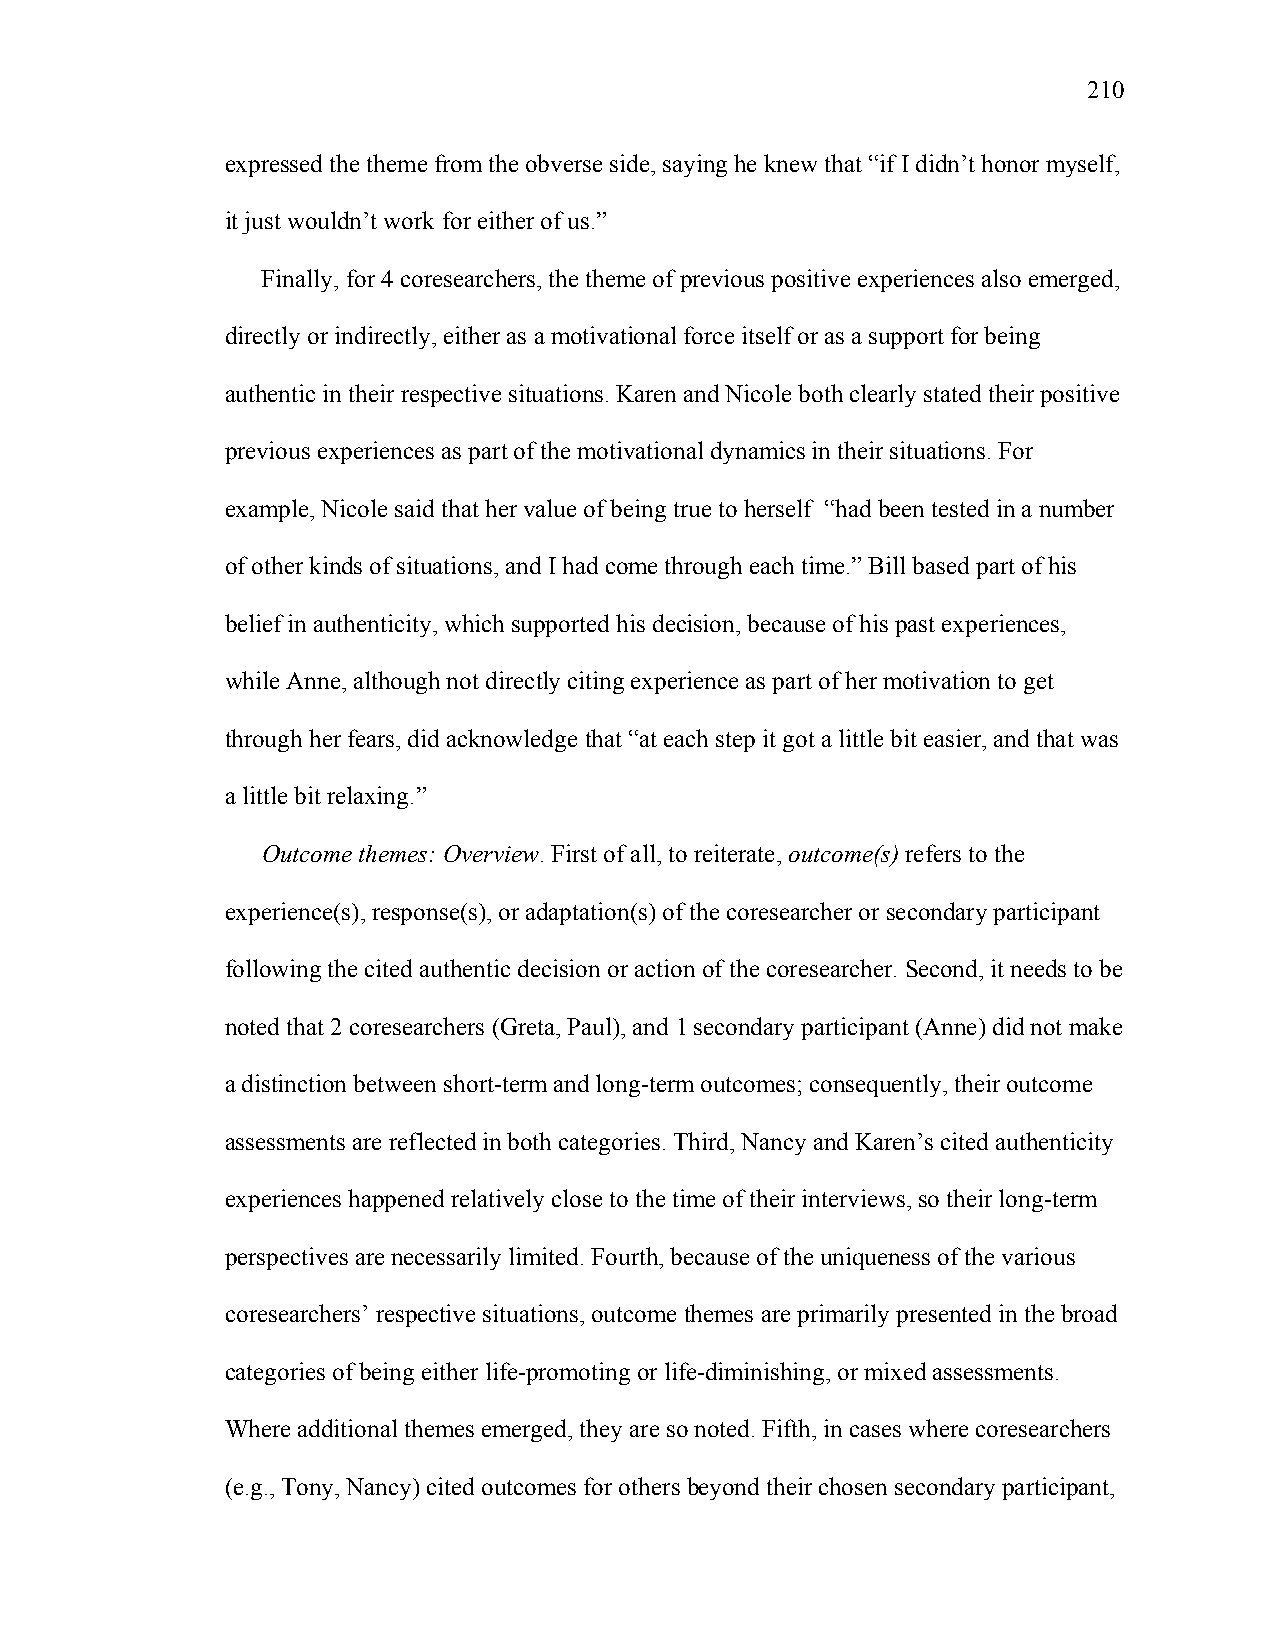
210
 expressed the theme from the obverse side, saying he knew that “if I didn’t honor myself,
 it just wouldn’t work for either of us.”
 Finally, for 4 coresearchers, the theme of previous positive experiences also emerged,
 directly or indirectly, either as a motivational force itself or as a support for being
 authentic in their respective situations. Karen and Nicole both clearly stated their positive
 previous experiences as part of the motivational dynamics in their situations. For
 example, Nicole said that her value of being true to herself “had been tested in a number
 of other kinds of situations, and I had come through each time.” Bill based part of his
 belief in authenticity, which supported his decision, because of his past experiences,
 while Anne, although not directly citing experience as part of her motivation to get
 through her fears, did acknowledge that “at each step it got a little bit easier, and that was
 a little bit relaxing.”
 Outcome themes: Overview. First of all, to reiterate, outcome(s) refers to the
 experience(s), response(s), or adaptation(s) of the coresearcher or secondary participant
 following the cited authentic decision or action of the coresearcher. Second, it needs to be
 noted that 2 coresearchers (Greta, Paul), and 1 secondary participant (Anne) did not make
 a distinction between short-term and long-term outcomes; consequently, their outcome
 assessments are reflected in both categories. Third, Nancy and Karen’s cited authenticity
 experiences happened relatively close to the time of their interviews, so their long-term
 perspectives are necessarily limited. Fourth, because of the uniqueness of the various
 coresearchers’ respective situations, outcome themes are primarily presented in the broad
 categories of being either life-promoting or life-diminishing, or mixed assessments.
 Where additional themes emerged, they are so noted. Fifth, in cases where coresearchers
 (e.g., Tony, Nancy) cited outcomes for others beyond their chosen secondary participant,